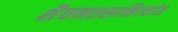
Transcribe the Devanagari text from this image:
शैवमतसाहित्यांत